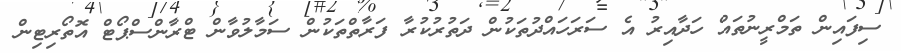
ސިފައިން ތަމްރީނުތައް ހަދާއިރު އެ ސަރަހައްދުތަކުން ދަތުރުކުރާ ފަރާތްތަކުން ސަމާލުވާން ޓްރާންސްޕޯޓް އޮތޯރިޓިން